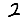
Digit: 2